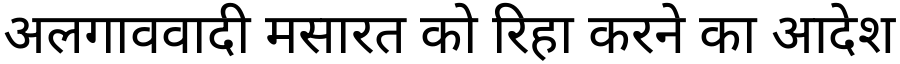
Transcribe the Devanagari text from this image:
अलगाववादी मसारत को रिहा करने का आदेश